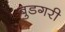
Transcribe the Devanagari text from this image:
बुडगरी